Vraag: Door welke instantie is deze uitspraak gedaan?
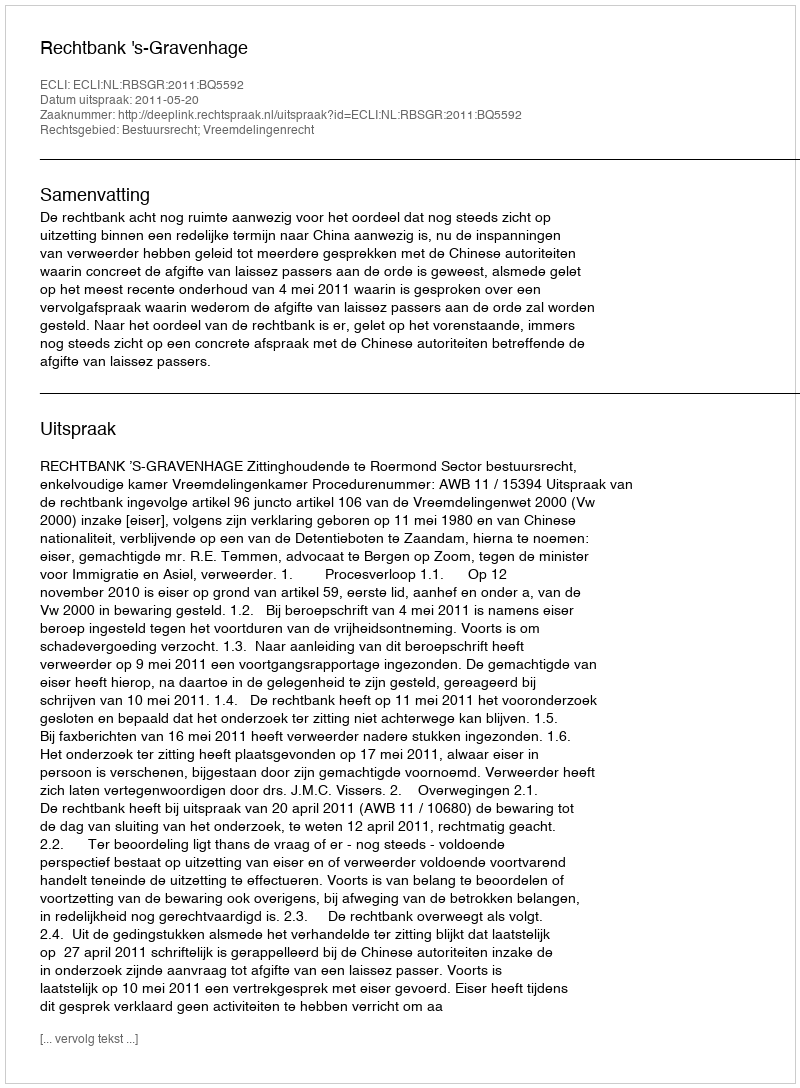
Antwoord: Rechtbank 's-Gravenhage